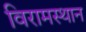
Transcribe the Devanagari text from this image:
विरामस्थान